Calcutta medical institutions reports 1871-78
Year: 1871
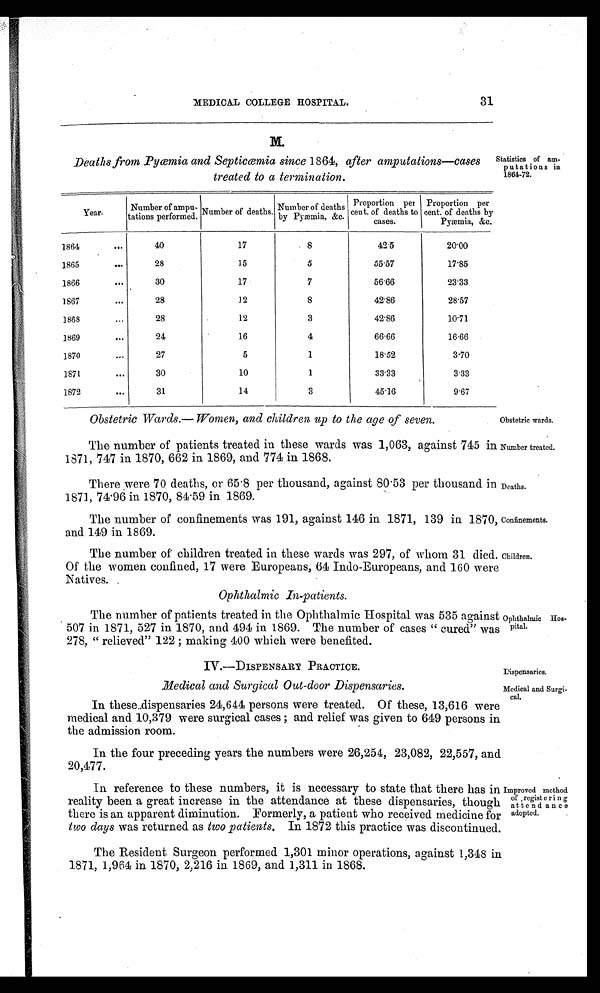
Dispensaries.
Medical and Surgi-
cal.
MEDICAL COLLEGE HOSPITAL.
Deaths from Pyæmia and Septicæmia since 1864, after amputations—cases
treated to a termination.
Statistics of am-
putations in
1864-72.
Year.
Number of ampu-
tations performed. Number of deaths. Number of deaths
by Pyæmia, &c.
Proportion per
cent. of deaths to
cases.
Proportion per
cent. of deaths by
Pyæmia, &c.
1864
...
40
17
8
42.5
20.00
1865
...
28
15
5
55.57
17.85
1866
...
30
17
7
56.66
23.33
1867
...
28
12
8
42.86
28.57
1868
...
28
12
3
42.86
1 0 . 7 1
1869
...
24
16
4
66.66
16.66
1870
...
27
5
1
1 8 . 5 2
3 . 7 0
1871
...
30
10
1
33.33
3.33
1872
...
31
14
3
4 5 . 1 6
9.67
Obstetric Wards.— Women, and children up to the age of seven.
Obstetric wards.
The number of patients treated in these wards was 1,063, against 745 in
1871, 747 in 1870, 662 in 1869, and 774 in 1868.
There were 70 deaths, or 65 . 8 per thousand, against 80 . 53 per thousand in
1871, 74. 96 in 1870, 84 . 59 in 1869.
The number of confinements was 191, against 146 in 1871, 139 in 1870;
and 149 in 1869.
The number of children treated in these wards was 297, of whom 31 died.
Of the women confined, 17 were Europeans, 64 Indo-Europeans, and 160 were
Natives. .
Ophthalmic In-patients.
Number treated.
Deaths.
Confinements.
Children.
The number of patients treated in the Ophthalmic Hospital was 535 against
507 in 1871, 527 in 1870, and 494 in 1869. The number of cases " cured" was
278, " relieved" 122 ; making 400 which were benefited.
Ophthalmic Hos-
pital.
IV.--DISPENSARY PRACTICE.
Medical and Surgical Out-door Dispensaries.
In these..dispensaries 24,644 persons were treated. Of these, 13,616 were
medical and 10,379 were surgical cases ; and relief was given to 649 persons in
the admission room.
In the four preceding years the numbers were 26,254, 23,082, 22,557, and
20,477.
In reference to these numbers, it is necessary to state that there has in
reality been a great increase in the attendance at these dispensaries, though
there is an apparent diminution. Formerly, a patient who received medicine for
two days was returned as two patients. In 1872 this practice was discontinued.
Improved method
of ,regist ering
attend ance
adopted.
The Resident Surgeon performed 1,301 minor operations, against 1,318 in
1871, 1,964 in 1870, 2,216 in 1869, and 1,311 in 1868.